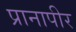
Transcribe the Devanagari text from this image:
प्रानापीर